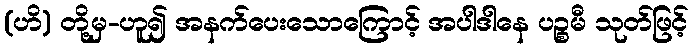
(ဟိ) တို့မှ-ဟူ၍ အနက်ပေးသောကြောင့် အပါဒါနေ ပဉ္စမီ သုတ်ဖြင့်